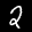
Label: 2